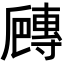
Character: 𡭍